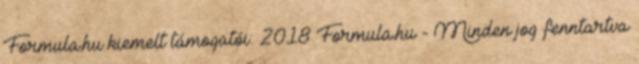
Formula.hu kiemelt támogatói: 2018 Formula.hu - Minden jog fenntartva